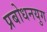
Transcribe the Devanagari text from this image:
प्रबोधनयुग